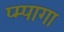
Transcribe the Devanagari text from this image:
प्म्पागा